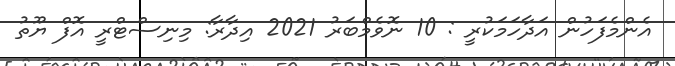
އެންމެފަހުން އަދާހަމަކުރީ : 10 ނޮވެމްބަރު 2021 އިދާރާ: މިނިސްޓްރީ އޮފް ޔޫތު